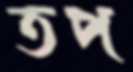
তপ